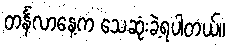
တင်္နလာနေ့က သေဆုံးခဲ့ရပါတယ်။